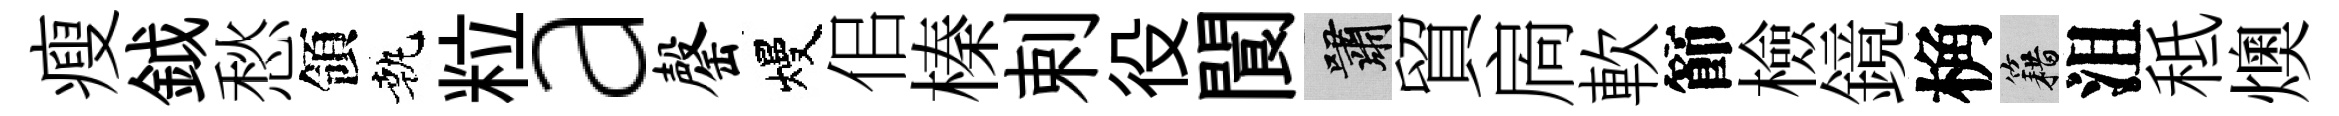
瘦鉞愁領執粒a罄熳佀榛剌役閬嘯貿扄軟節檢鏡桷籍沮秪燠